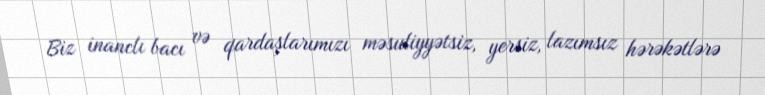
Biz inanclı bacı və qardaşlarımızı məsuliyyətsiz, yersiz, lazımsız hərəkətlərə